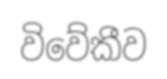
විවේකීව